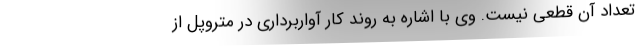
تعداد آن قطعی نیست. وی با اشاره به روند کار آواربرداری در متروپل از